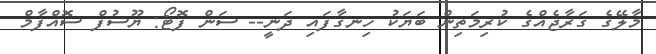
މާލޭގެ ގަރާޖެއްގެ ކުރިމަތިން ބަޔަކު ހިނގާފައި ދަނީ-- ސަން ފޮޓޯ: ޔޫސުފް ސޮއްފާމް